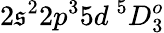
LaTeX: {2\mathfrak{s}^{2}2p^{3}5d~^{5}D_{3}^{o}}